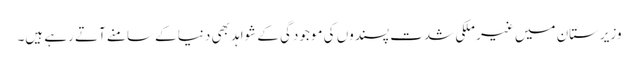
وزیرستان میں غیر ملکی شدت پسندوں کی موجودگی کے شواہد بھی دنیا کے سامنے آتے رہے ہیں۔